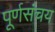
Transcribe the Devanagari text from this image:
पूर्णसंचय